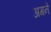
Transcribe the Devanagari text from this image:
अगने